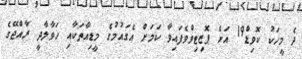
ދެ މީހަކު ކޮވިޑް19 އަށް ޕޮޒިޓިވްވެފައިވާ ކަމަށް އެގައުމުގެ މީޑިއާތަކާއި ހަވާލާދީ ރާއްޖޭގެ